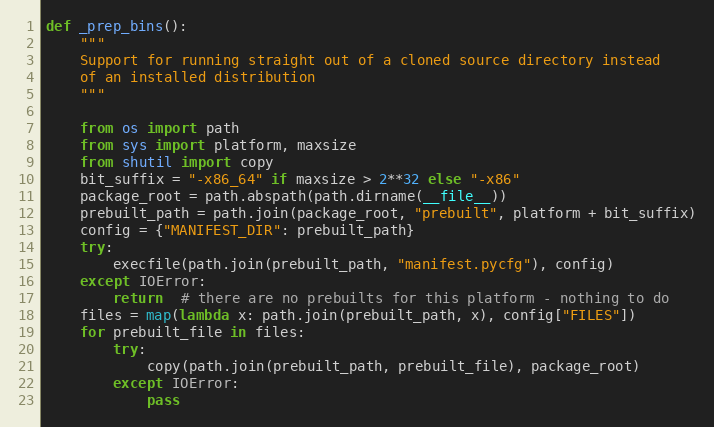
Language: Python
def _prep_bins():
    """
    Support for running straight out of a cloned source directory instead
    of an installed distribution
    """

    from os import path
    from sys import platform, maxsize
    from shutil import copy
    bit_suffix = "-x86_64" if maxsize > 2**32 else "-x86"
    package_root = path.abspath(path.dirname(__file__))
    prebuilt_path = path.join(package_root, "prebuilt", platform + bit_suffix)
    config = {"MANIFEST_DIR": prebuilt_path}
    try:
        execfile(path.join(prebuilt_path, "manifest.pycfg"), config)
    except IOError:
        return  # there are no prebuilts for this platform - nothing to do
    files = map(lambda x: path.join(prebuilt_path, x), config["FILES"])
    for prebuilt_file in files:
        try:
            copy(path.join(prebuilt_path, prebuilt_file), package_root)
        except IOError:
            pass